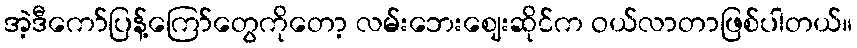
အဲ့ဒီကော်ပြန့်ကြော်တွေကိုတော့ လမ်းဘေးဈေးဆိုင်က ဝယ်လာတာဖြစ်ပါတယ်။